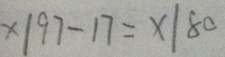
x \vert 9 7 - 1 7 = x \vert 8 0